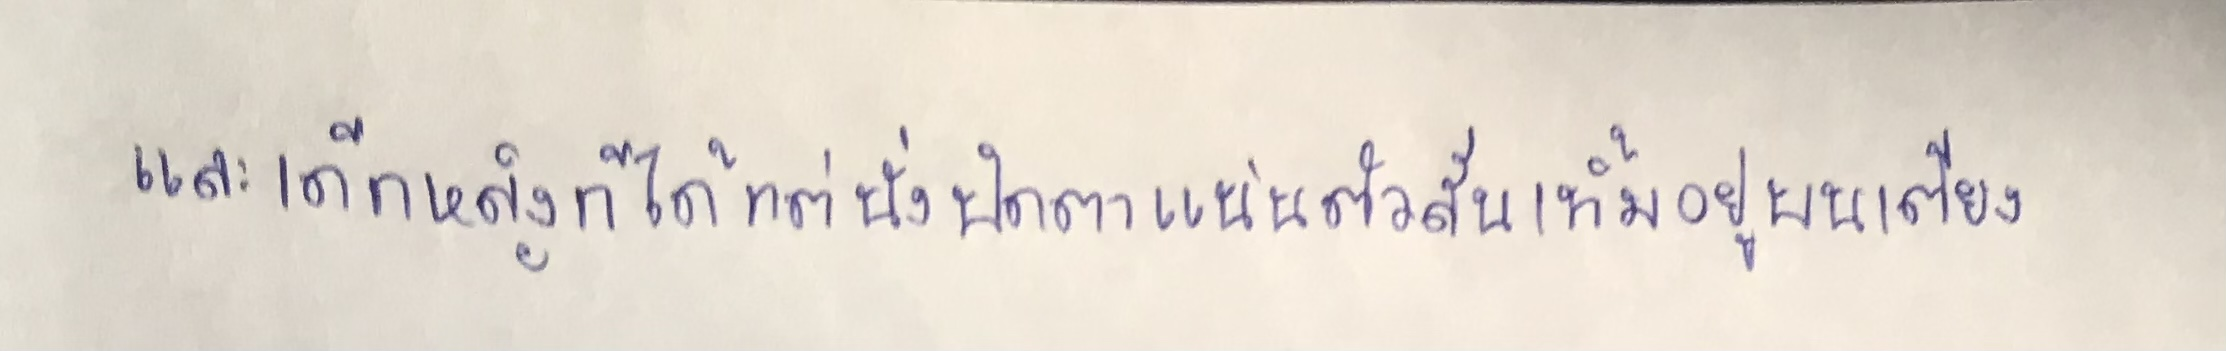
และเด็กหญิงก็ได้แต่นั่งปิดตาแน่นตัวสั่นเทิ้มอยู่บนเตียง